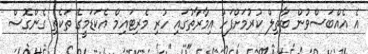
އެ އެއްބަސްވުން ބާތިލް ކުރުމަށްފަހު އިމާރާތުގައި ހުރި މެރިޓައިމް އެކަޑަމީގެ ތަކެތި ގެންގޮސް